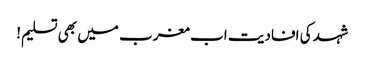
شہد کی افادیت اب مغرب میں بھی تسلیم!